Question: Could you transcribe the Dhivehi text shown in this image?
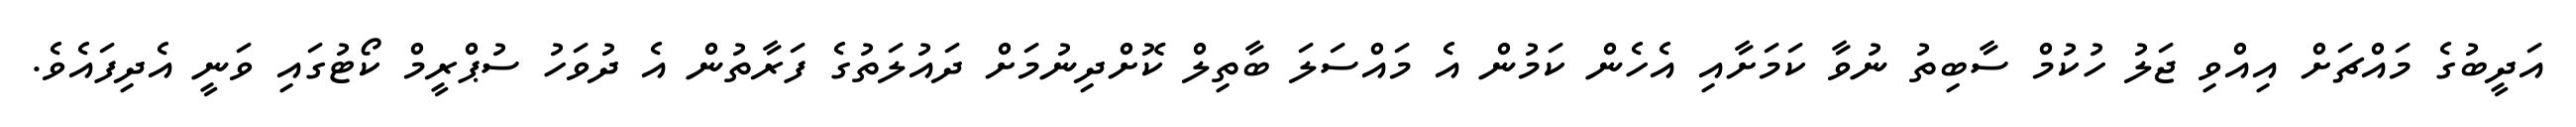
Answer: އަދީބުގެ މައްޗަށް އިއްވި ޖަލު ހުކުމް ސާބިތު ނުވާ ކަމަށާއި އެހެން ކަމުން އެ މައްސަލަ ބާތިލް ކޮށްދިނުމަށް ދައުލަތުގެ ފަރާތުން އެ ދުވަހު ސުޕްރީމް ކޯޓުގައި ވަނީ އެދިފައެވެ.